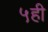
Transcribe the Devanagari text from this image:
५ही